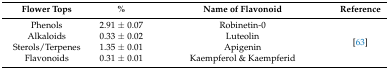
<table><thead><tr><td><b>Flower Tops</b></td><td><b>%</b></td><td><b>Name of Flavonoid</b></td><td><b>Reference</b></td></tr></thead><tbody><tr><td>Phenols</td><td>2.91 ± 0.07</td><td>Robinetin-0</td><td rowspan="4">[63]</td></tr><tr><td>Alkaloids</td><td>0.33 ± 0.02</td><td>Luteolin</td></tr><tr><td>Sterols/Terpenes</td><td>1.35 ± 0.01</td><td>Apigenin</td></tr><tr><td>Flavonoids</td><td>0.31 ± 0.01</td><td>Kaempferol &amp; Kaempferid</td></tr></tbody></table>